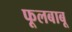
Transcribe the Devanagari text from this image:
फूलबाबू